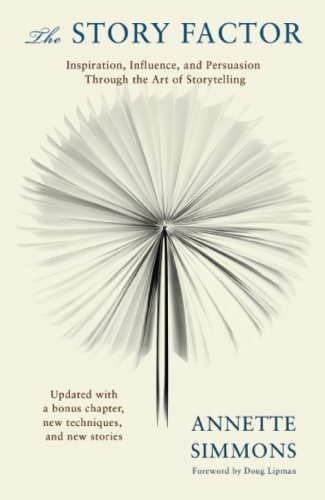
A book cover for The Story Factor (2nd Revised Edition); Annette Simmons; Literature & Fiction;